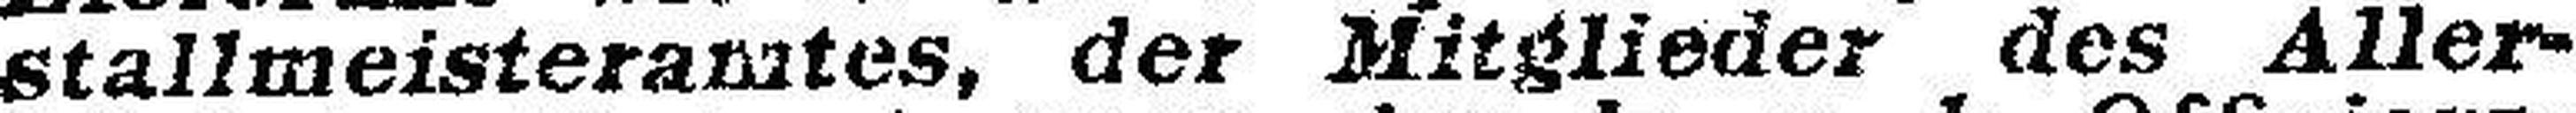
stallmeisteramtes, der Mitglieder des Aller¬